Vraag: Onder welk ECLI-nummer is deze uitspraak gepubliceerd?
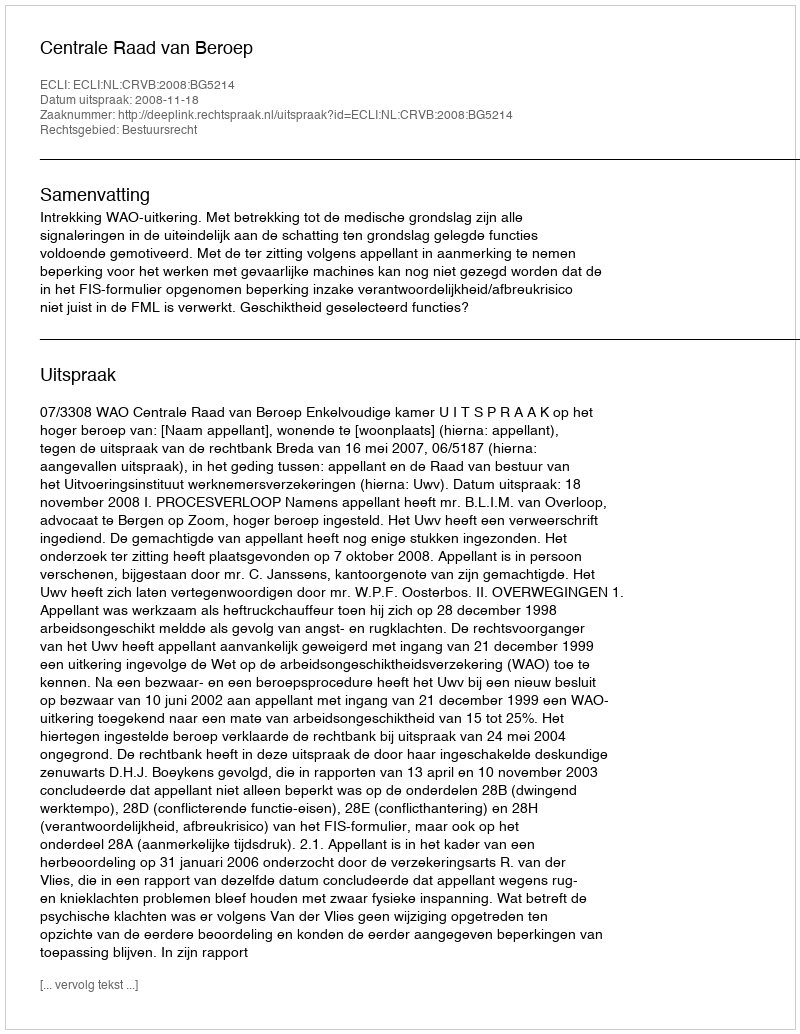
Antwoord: ECLI:NL:CRVB:2008:BG5214